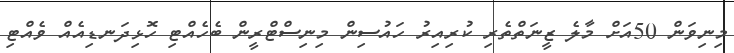
މިނިވަން 50އަށް މާލެ ޒީނަތްތެރި ކުރިއިރު ހައުސިން މިނިސްޓްރީން ބެހެއްޓި ހޮޅިދަނޑިއެއް ވެއްޓި